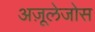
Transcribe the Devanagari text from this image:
अज़ूलेजोस